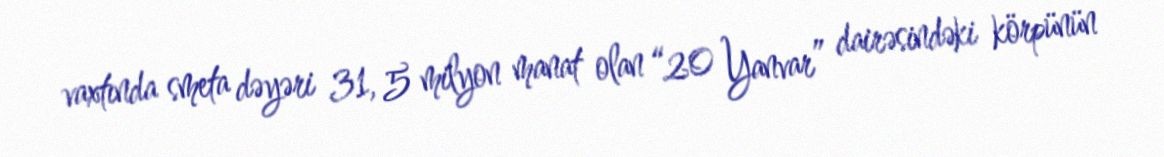
vaxtında smeta dəyəri 31, 5 milyon manat olan “20 Yanvar” dairəsindəki körpünün